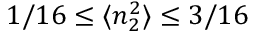
1 / 1 6 \leq \langle n _ { 2 } ^ { 2 } \rangle \leq 3 / 1 6